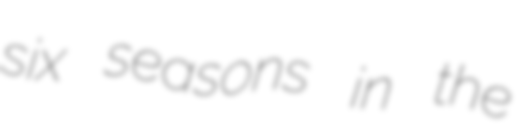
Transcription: six seasons in the